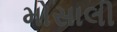
મોસાલી